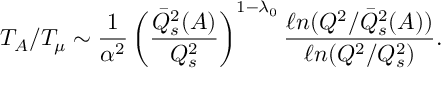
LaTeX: T _ { A } / T _ { \mu } \sim { \frac { 1 } { \alpha ^ { 2 } } } \left( { \frac { \bar { Q } _ { s } ^ { 2 } ( A ) } { Q _ { s } ^ { 2 } } } \right) ^ { 1 - \lambda _ { 0 } } { \frac { \ell n ( Q ^ { 2 } / \bar { Q } _ { s } ^ { 2 } ( A ) ) } { \ell n ( Q ^ { 2 } / Q _ { s } ^ { 2 } ) } } .